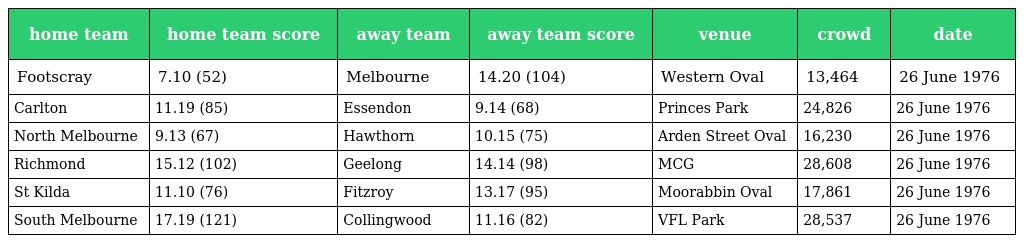
| home team | home team score | away team | away team score | venue | crowd | date |
 | --- | --- | --- | --- | --- | --- | --- |
 | Footscray | 7.10 (52) | Melbourne | 14.20 (104) | Western Oval | 13,464 | 26 June 1976 |
 | Carlton | 11.19 (85) | Essendon | 9.14 (68) | Princes Park | 24,826 | 26 June 1976 |
 | North Melbourne | 9.13 (67) | Hawthorn | 10.15 (75) | Arden Street Oval | 16,230 | 26 June 1976 |
 | Richmond | 15.12 (102) | Geelong | 14.14 (98) | MCG | 28,608 | 26 June 1976 |
 | St Kilda | 11.10 (76) | Fitzroy | 13.17 (95) | Moorabbin Oval | 17,861 | 26 June 1976 |
 | South Melbourne | 17.19 (121) | Collingwood | 11.16 (82) | VFL Park | 28,537 | 26 June 1976 |